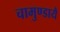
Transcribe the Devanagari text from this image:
चामुण्डायै